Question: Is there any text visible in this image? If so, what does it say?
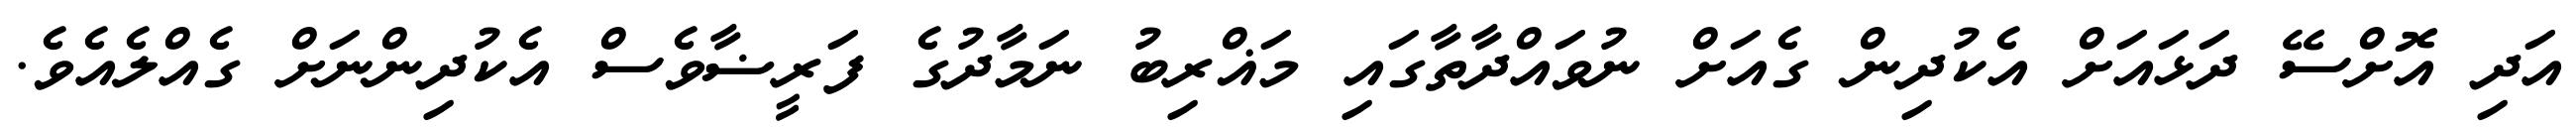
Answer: އަދި އޮށްސޭ ދަޅައަށް އެކުދިން ގެއަށް ނުވައްދާތާގައި މަޣްރިބު ނަމާދުގެ ފަރީޟާވެސް އެކުދިންނަށް ގެއްލެއެވެ.